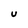
Character: u